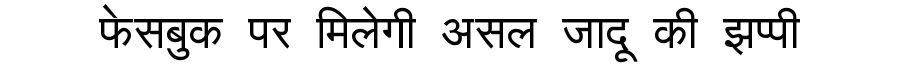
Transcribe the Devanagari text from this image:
फेसबुक पर मिलेगी असल जादू की झप्पी